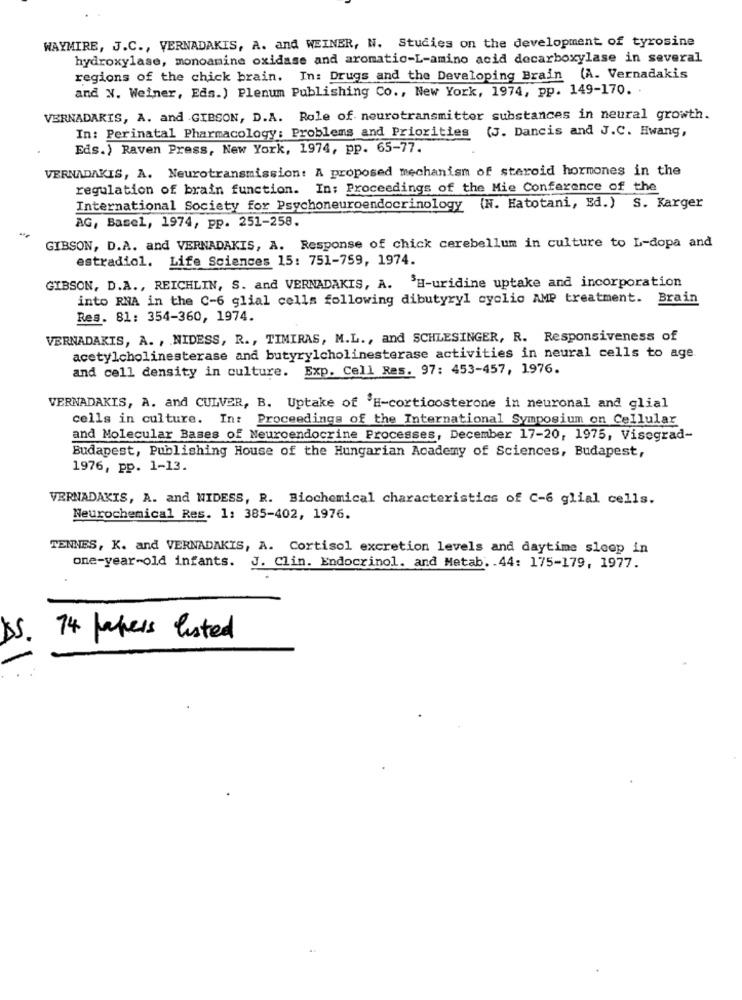
WAYMIRE, J.C ., VERNADAKIS, A. and WEINER, N. Studies on the development of tyrosine
hydroxylase, monoamine oxidase and aromatic-L-amino acid decarboxylase in several
regions of the chick brain. In: Drugs and the Developing Brain (A. Vernadakis
and X. Weiner, Eds.) Plenum Publishing Co ., New York, 1974, pp. 149-170.
VERNADARIS, A. and GIBSON, D.A. Role of neurotransmitter substances in neural growth.
In: Perinatal Pharmacology: Problems and Priorities (J. Dancis and J.C. Hwang,
Eds.) Raven Press, New York, 1974, pp. 65-77.
VERNADAKIS, A. Neurotransmission: A proposed mechanism of steroid hormones in the
regulation of brain function. In: Proceedings of the Mie Conference of the
International Society for Psychoneuroendocrinology (N. Hatotani, Ed.) S. Karger
AG, Basel, 1974, pp. 251-258.
GIBSON, D.A. and VERNADAKIS, A. Response of chick cerebellum in culture to L-dopa and
estradiol. Life Sciences 15: 751-759, 1974.
GIBSON, D.A ., REICHLIN, S. and VERNADAKIS, A. H-uridine uptake and incorporation
into RNA in the C-6 glial cells following dibutyryl cyclio AMP treatment. Brain
Res. 81: 354-360, 1974.
VERNADAKIS, A. , NIDESS, R ., TIMIRAS, M.L ., and SCHLESINGER, R. Responsiveness of
acetylcholinesterase and butyrylcholinesterase activities in neural cells to age
and cell density in culture. Exp. Cell Res. 97: 453-457, 1976.
VERNADAKIS, A. and CULVER, B. Uptake of 'H-corticosterone in neuronal and glial
cells in culture. In: Proceedings of the International Symposium on Cellular
and Molecular Bases of Neuroendocrine Processes, December 17-20, 1975, Visegrad-
Budapest, Publishing House of the Hungarian Academy of Sciences, Budapest,
1976, pp. 1-13.
VERNADAKIS, A. and NIDESS, R. Biochemical characteristics of C-6 glial cells.
Neurochemical Res. 1: 385-402, 1976.
TENNES, K. and VERNADAKIS, A. Cortisol excretion levels and daytime sloop in
one-year-old infants. J. Clin. Endocrinol. and Metab. . 44: 175-179, 1977.
55.
74 lakers listed